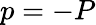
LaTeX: p=-P